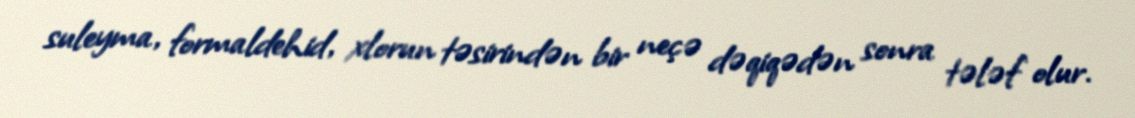
suleyma, formaldehid, xlorun təsirindən bir neçə dəqiqədən sonra tələf olur.